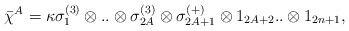
\begin{align*}\bar\chi^A = \kappa \sigma_1^{(3)} \otimes..\otimes\sigma^{(3)}_{2A}\otimes \sigma^{(+)}_{2A+1} \otimes 1_{2A+2}..\otimes 1_{2n+1},\end{align*}